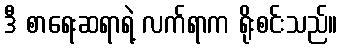
ဒီ စာရေးဆရာရဲ့ လက်ရာက ရိုးစင်းသည်။